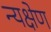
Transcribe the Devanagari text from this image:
न्यक्षेण